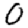
Digit: 0